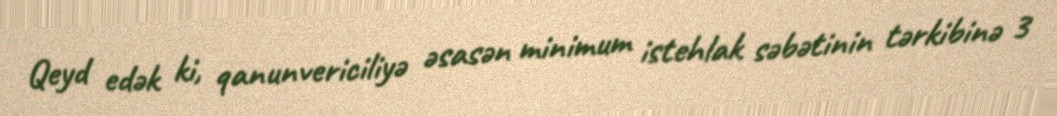
Qeyd edək ki, qanunvericiliyə əsasən minimum istehlak səbətinin tərkibinə 3